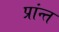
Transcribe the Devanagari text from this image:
प्रांन्त